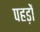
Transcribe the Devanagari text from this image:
पहड़ों